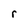
Character: r